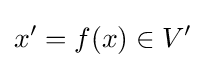
x'=f(x)\in V'